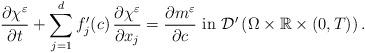
LaTeX: \begin{align*} \frac{\partial \chi^{\varepsilon}}{\partial t} +\displaystyle\sum_{j=1}^{d}f_{j}^{\prime}(c)\,\frac{\partial\chi^{\varepsilon}}{\partial x_{j}} = \frac{\partial m^{\varepsilon}}{\partial c}\,\,\mbox{in}\,\,\mathcal{D}^{\prime}\left(\Omega\times\mathbb{R}\times (0,T)\right). \end{align*}